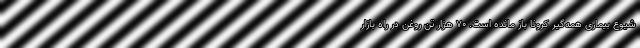
شیوع بیماری همه‌گیر کرونا باز مانده است. ۷۰ هزار تن روغن در راه بازار